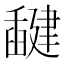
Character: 𰯻